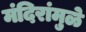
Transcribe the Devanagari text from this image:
मंदिरांमुळे